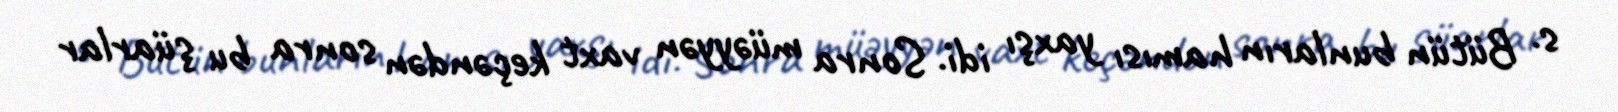
s. Bütün bunların hamısı yaxşı idi. Sonra müəyyən vaxt keçəndən sonra bu şüarlar